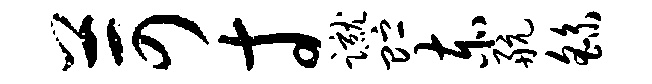
苛寸蹴贮赤航繇